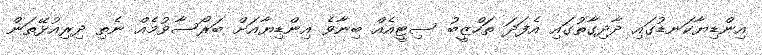
އިންޑިޔާކަނޑުގައި ދާދިގާތުގައި އެފަދަ ތަހްޒީބު ސިޓީއެއް ބިނާވެ އިންޑިޔާއަށް ބަރޯސާވުމެއް ނެތި ދިރިއުޅޭތަން